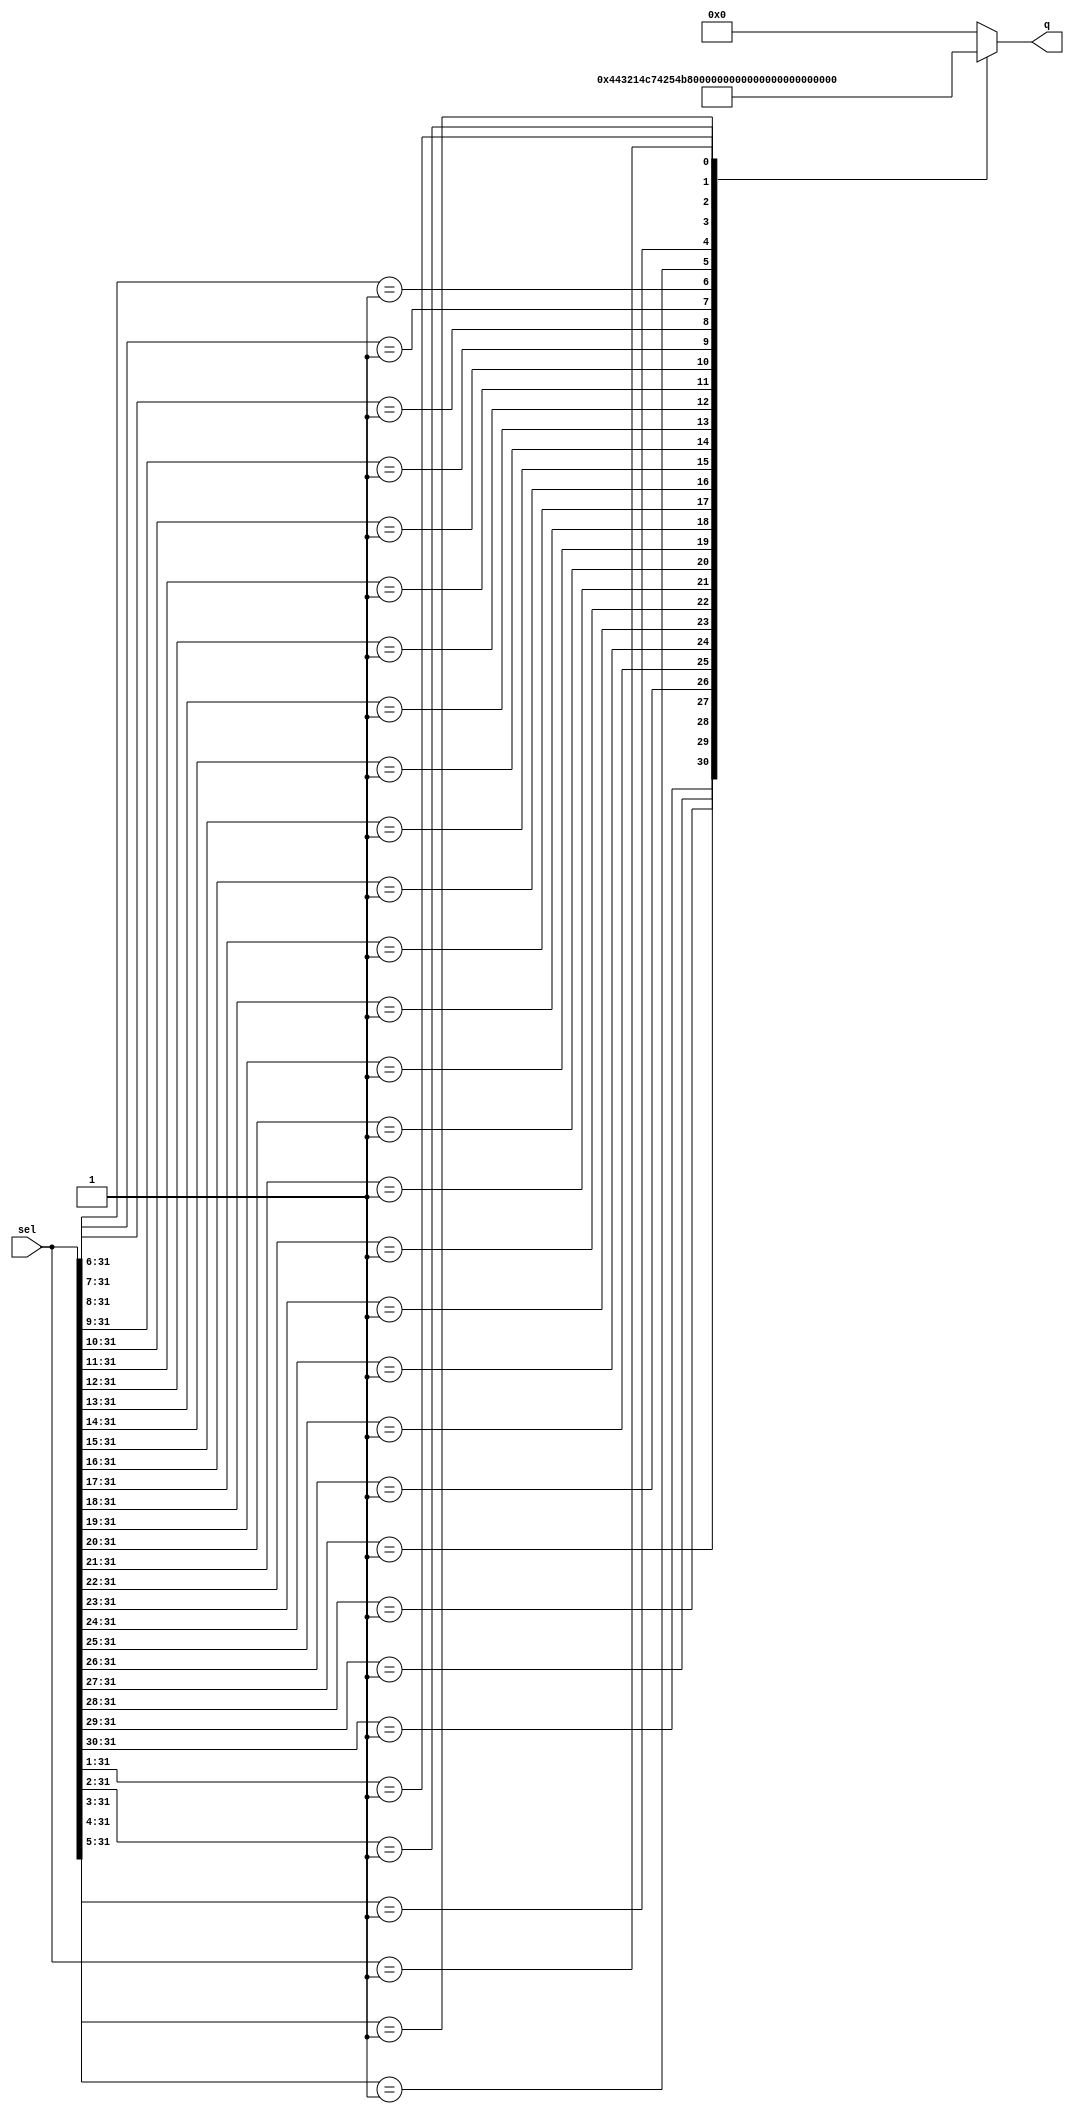
module test
  (output reg [4:0]  q,
   input wire [31:0] sel
   /* */);

   always @* begin
      casez (sel)
	32'b1zzz_zzzz_zzzz_zzzz__zzzz_zzzz_zzzz_zzzz: q = 5'd0;
	32'b01zz_zzzz_zzzz_zzzz__zzzz_zzzz_zzzz_zzzz: q = 5'd1;
	32'b001z_zzzz_zzzz_zzzz__zzzz_zzzz_zzzz_zzzz: q = 5'd2;
	32'b0001_zzzz_zzzz_zzzz__zzzz_zzzz_zzzz_zzzz: q = 5'd3;
	32'b0000_1zzz_zzzz_zzzz__zzzz_zzzz_zzzz_zzzz: q = 5'd4;
	32'b0000_01zz_zzzz_zzzz__zzzz_zzzz_zzzz_zzzz: q = 5'd5;
	32'b0000_001z_zzzz_zzzz__zzzz_zzzz_zzzz_zzzz: q = 5'd6;
	32'b0000_0001_zzzz_zzzz__zzzz_zzzz_zzzz_zzzz: q = 5'd7;

	32'b0000_0000_1zzz_zzzz__zzzz_zzzz_zzzz_zzzz: q = 5'd8;
	32'b0000_0000_01zz_zzzz__zzzz_zzzz_zzzz_zzzz: q = 5'd9;
	32'b0000_0000_001z_zzzz__zzzz_zzzz_zzzz_zzzz: q = 5'd10;
	32'b0000_0000_0001_zzzz__zzzz_zzzz_zzzz_zzzz: q = 5'd11;
	32'b0000_0000_0000_1zzz__zzzz_zzzz_zzzz_zzzz: q = 5'd12;
	32'b0000_0000_0000_01zz__zzzz_zzzz_zzzz_zzzz: q = 5'd13;
	32'b0000_0000_0000_001z__zzzz_zzzz_zzzz_zzzz: q = 5'd14;
	32'b0000_0000_0000_0001__zzzz_zzzz_zzzz_zzzz: q = 5'd15;

	32'b0000_0000_0000_0000__1zzz_zzzz_zzzz_zzzz: q = 5'd16;
	32'b0000_0000_0000_0000__01zz_zzzz_zzzz_zzzz: q = 5'd17;
	32'b0000_0000_0000_0000__001z_zzzz_zzzz_zzzz: q = 5'd18;
	32'b0000_0000_0000_0000__0001_zzzz_zzzz_zzzz: q = 5'd19;
	32'b0000_0000_0000_0000__0000_1zzz_zzzz_zzzz: q = 5'd20;
	32'b0000_0000_0000_0000__0000_01zz_zzzz_zzzz: q = 5'd21;
	32'b0000_0000_0000_0000__0000_001z_zzzz_zzzz: q = 5'd22;
	32'b0000_0000_0000_0000__0000_0001_zzzz_zzzz: q = 5'd23;

	32'b0000_0000_0000_0000__0000_0000_1zzz_zzzz: q = 5'd24;
	32'b0000_0000_0000_0000__0000_0000_01zz_zzzz: q = 5'd25;
	32'b0000_0000_0000_0000__0000_0000_001z_zzzz: q = 5'd26;
	32'b0000_0000_0000_0000__0000_0000_0001_zzzz: q = 5'd27;
	32'b0000_0000_0000_0000__0000_0000_0000_1zzz: q = 5'd28;
	32'b0000_0000_0000_0000__0000_0000_0000_01zz: q = 5'd29;
	32'b0000_0000_0000_0000__0000_0000_0000_001z: q = 5'd30;
	32'b0000_0000_0000_0000__0000_0000_0000_0001: q = 5'd31;
	default: q = 5'd0;
      endcase
   end // always @ *

endmodule